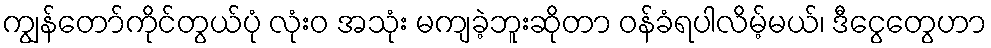
ကျွန်တော်ကိုင်တွယ်ပုံ လုံးဝ အသုံး မကျခဲ့ဘူးဆိုတာ ဝန်ခံရပါလိမ့်မယ်၊ ဒီငွေတွေဟာ